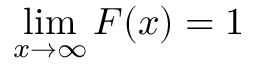
\operatorname* { l i m } _ { x \rightarrow \infty } F ( x ) = 1